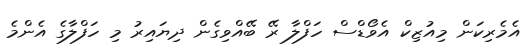
އެމެރިކަން މިއުޒިކް އެވޯޑްސް ހަފްލާ ރޭ ބޭއްވިގެން ދިޔައިރު މި ހަފްލާގެ އެންމެ